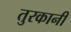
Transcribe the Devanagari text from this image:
तुरकानी